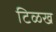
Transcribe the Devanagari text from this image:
टिळख